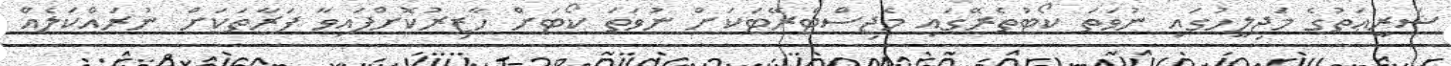
ޝަރީޢަތުގެ މަޖިލީހުގައި ނުވަތަ ކޯޓުތެރޭގައި މެޖިސްޓްރޭޓަކަށް ނުވަތަ ކޯޓަށް ހާޒިރުކޮށްފައިވާ ފަރާތަކަށް ނުރައްކަލެއް